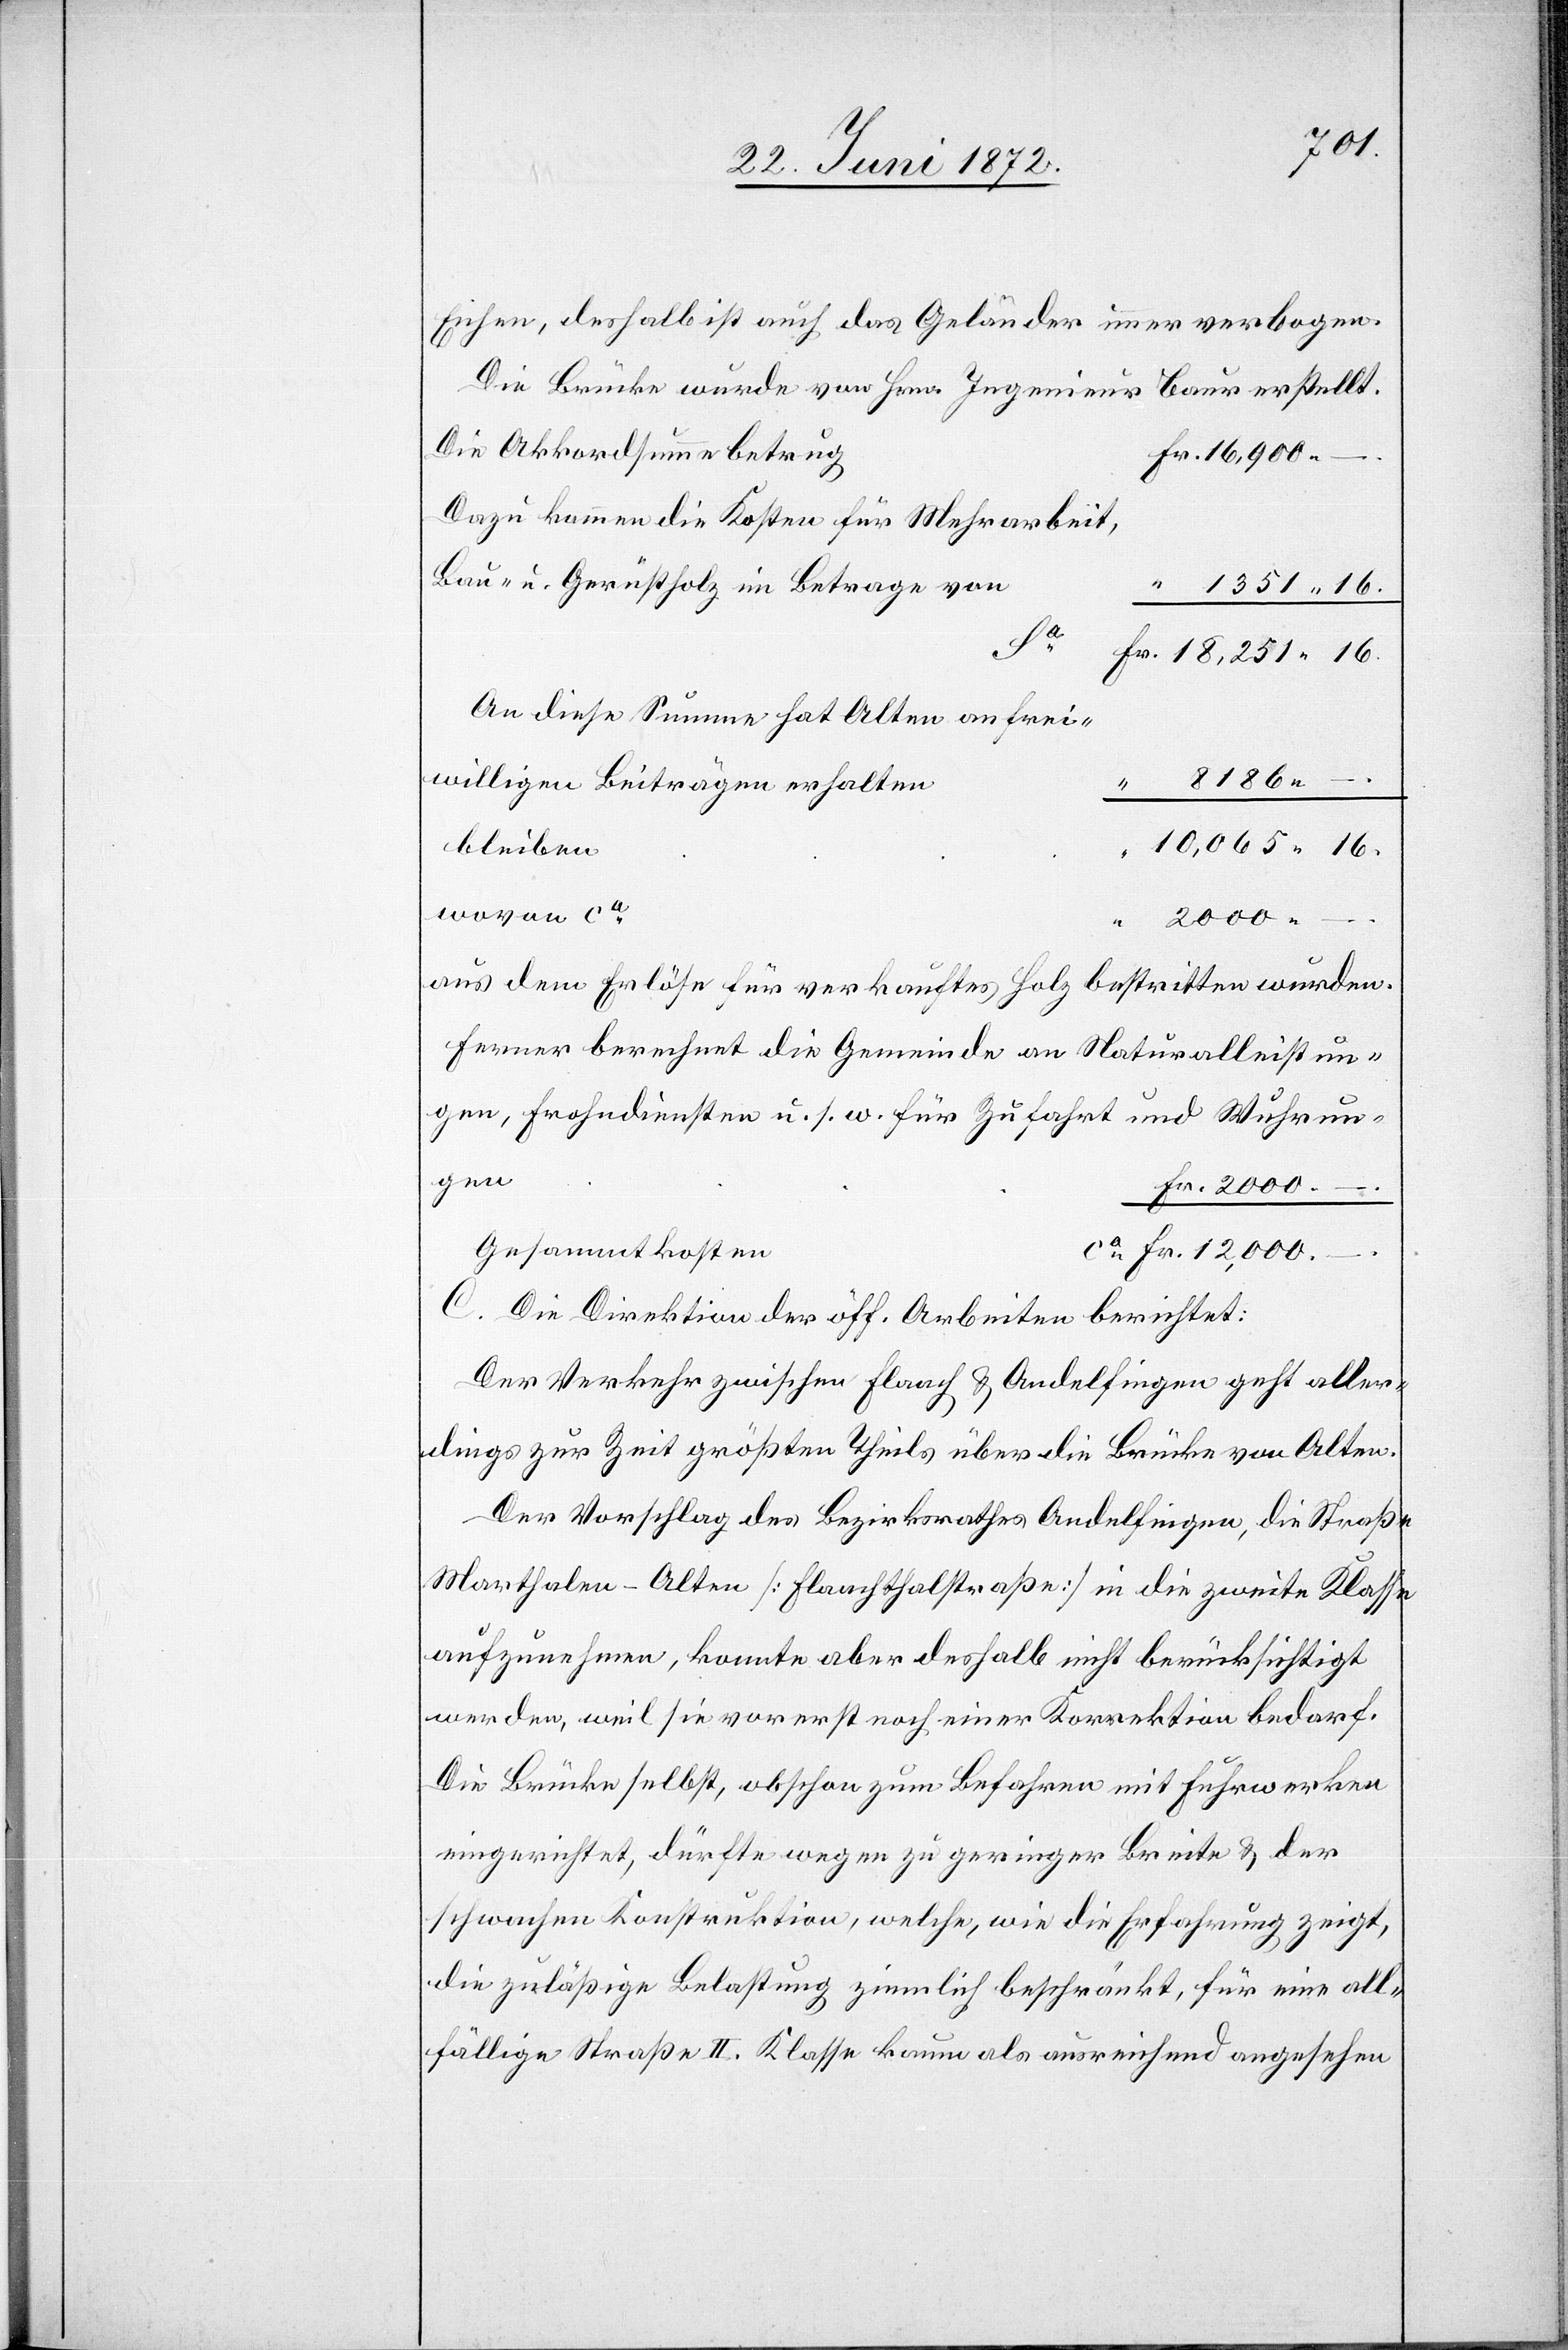
Eichen, deshalb ist auch das Geländer immer verbogen.
Die Brücke wurde von Hrn. Ingenieur Baur erstellt.
Die Akkordsumme betrug
Dazu kommen die Kosten für Mehrarbeit,
Bau- u. Gerüstholz im Betrage von
1351 16.
An diese Summe hat Alten an frei¬
8186
willigen Beiträgen erhalten
.
bleiben
10,065 16.
wovon ca
12,000 –
Fr.
aus dem Erlöse für verkauftes Holz bestritten wurden.
Ferner berechnet die Gemeinde an Naturalleistun¬
gen, Frohndiensten u. s. w. für Zufahrt und Wuhrun¬
gen
–
.
C. Die Direktion der öff. Arbeiten berichtet:
Der Verkehr zwischen Flaach u. Andelfingen geht aller¬
dings zur Zeit größten Theils über die Brücke von Alten.
Der Vorschlag des Bezirksrathes Andelfingen, die Straße
Marthalen–Alten [Flaachthalstraße] in die zweite Klasse
aufzunehmen, konnte aber deshalb nicht berücksichtigt
werden, weil sie vorerst noch einer Korrektion bedarf.
Die Brücke selbst, obschon zum Befahren mit Fuhrwerken
eingerichtet, dürfte wegen zu geringer Breite u. der
schwachen Konstruktion, welche, wie die Erfahrung zeigt,
die zuläßige Belastung ziemlich beschränkt, für eine all¬
fällige Straße II. Klasse kaum als ausreichend angesehen